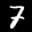
Label: 7